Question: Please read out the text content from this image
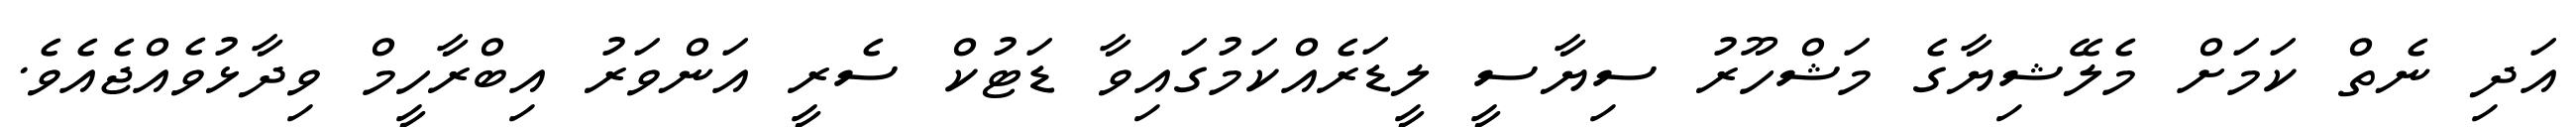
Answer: އަދި ނެތް ކަމަށް މެލޭޝިޔާގެ މަޝްހޫރު ސިޔާސީ ލީޑަރެއްކަމުގައިވާ ޑަޓުކް ސެރީ އަންވަރު އިބްރާހީމް ވިދާޅުވެއްޖެއެވެ.